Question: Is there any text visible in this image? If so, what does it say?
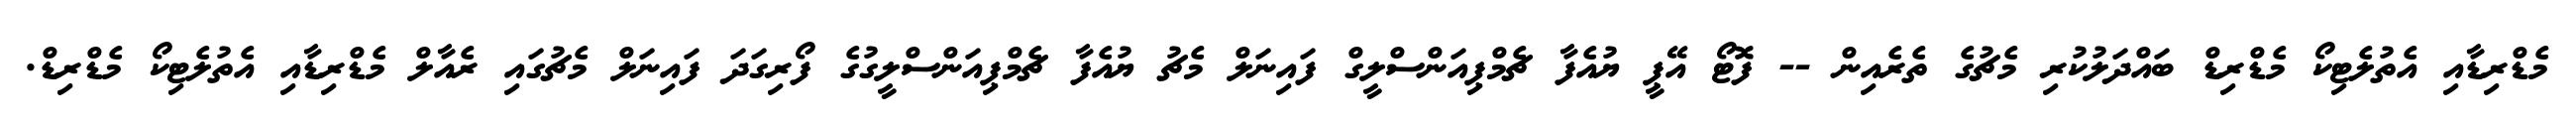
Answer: މެޑްރިޑާއި އެތުލެޓިކޯ މެޑްރިޑް ބައްދަލުކުރި މެޗުގެ ތެރެއިން -- ފޮޓޯ އޭޕީ ޔުއެފާ ޗެމްޕިއަންސްލީގް ފައިނަލް މެޗު ޔުއެފާ ޗެމްޕިއަންސްލީގުގެ ފޯރިގަދަ ފައިނަލް މެޗުގައި ރެއާލް މެޑްރިޑާއި އެތުލެޓިކޯ މެޑްރިޑް.